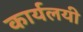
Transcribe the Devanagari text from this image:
कार्यलयी